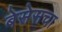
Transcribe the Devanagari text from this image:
बेसेसचा